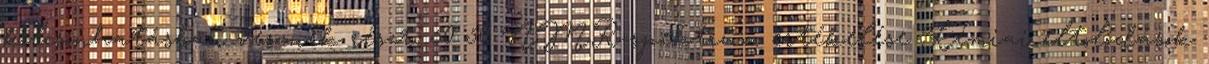
kölcsönhatásban vesznek részt. 50 50 NMR-spektrum értékelése Kémiai eltolódások